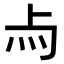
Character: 𤆛